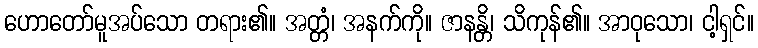
ဟောတော်မူအပ်သော တရား၏။ အတ္တံ၊ အနက်ကို။ ဇာနန္တိ၊ သိကုန်၏။ အာဝုသော၊ ငါ့ရှင်။